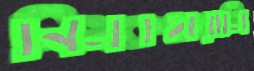
নিমকহারামি